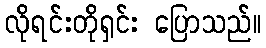
လိုရင်းတိုရှင်း ပြောသည်။